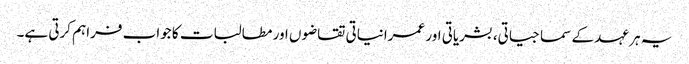
یہ ہر عہد کے سماجیاتی، بشریاتی اور عمرانیاتی تقاضوں اور مطالبات کا جواب فراہم کرتی ہے۔